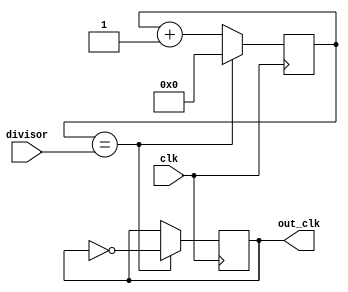
module programmable_clock_divider(
    input wire clk,
    input wire [7:0] divisor,
    output reg out_clk
);

reg [7:0] count;

always @(posedge clk) begin
    if (count == divisor) begin
        count <= 0;
        out_clk <= ~out_clk;
    end else begin
        count <= count + 1;
    end
end

endmodule